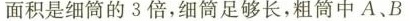
面积是细筒的3倍，细筒足够长，粗筒中A、B